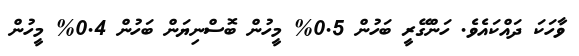
ވާހަކަ ދައްކައެވެ. ހަންގޭރީ ބަހުން 0.5% މީހުން ބޮސްނިޔަން ބަހުން 0.4% މީހުން